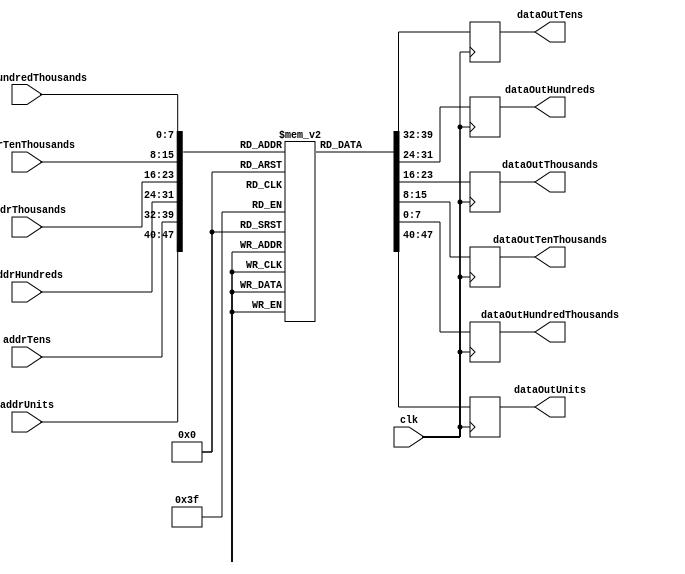
`timescale 1ns / 1ps
module ram_digits #( parameter DATA_WIDTH = 8, ADDRESS_WIDTH = 8, DEPTH = 256, MEMFILE = "") (
    input wire                     clk,
    input wire [ADDRESS_WIDTH-1:0] addrUnits,
    output reg [DATA_WIDTH-1:0]    dataOutUnits,
    input wire [ADDRESS_WIDTH-1:0] addrTens,
    output reg [DATA_WIDTH-1:0]    dataOutTens,
    input wire [ADDRESS_WIDTH-1:0] addrHundreds,
    output reg [DATA_WIDTH-1:0]    dataOutHundreds,
    input wire [ADDRESS_WIDTH-1:0] addrThousands,
    output reg [DATA_WIDTH-1:0]    dataOutThousands,
    input wire [ADDRESS_WIDTH-1:0] addrTenThousands,
    output reg [DATA_WIDTH-1:0]    dataOutTenThousands,
    input wire [ADDRESS_WIDTH-1:0] addrHundredThousands,
    output reg [DATA_WIDTH-1:0]    dataOutHundredThousands);
    
    reg[DATA_WIDTH-1:0] MemoryArray[0:DEPTH-1];
    
    initial begin
        if(MEMFILE > 0) begin
            $readmemh(MEMFILE, MemoryArray);
        end
    end
    
    always @(posedge clk) begin
        dataOutUnits <= MemoryArray[addrUnits];
        dataOutTens <= MemoryArray[addrTens];
        dataOutHundreds <= MemoryArray[addrHundreds];
        dataOutThousands <= MemoryArray[addrThousands];
        dataOutTenThousands <= MemoryArray[addrTenThousands];
        dataOutHundredThousands <= MemoryArray[addrHundredThousands];
    end
endmodule